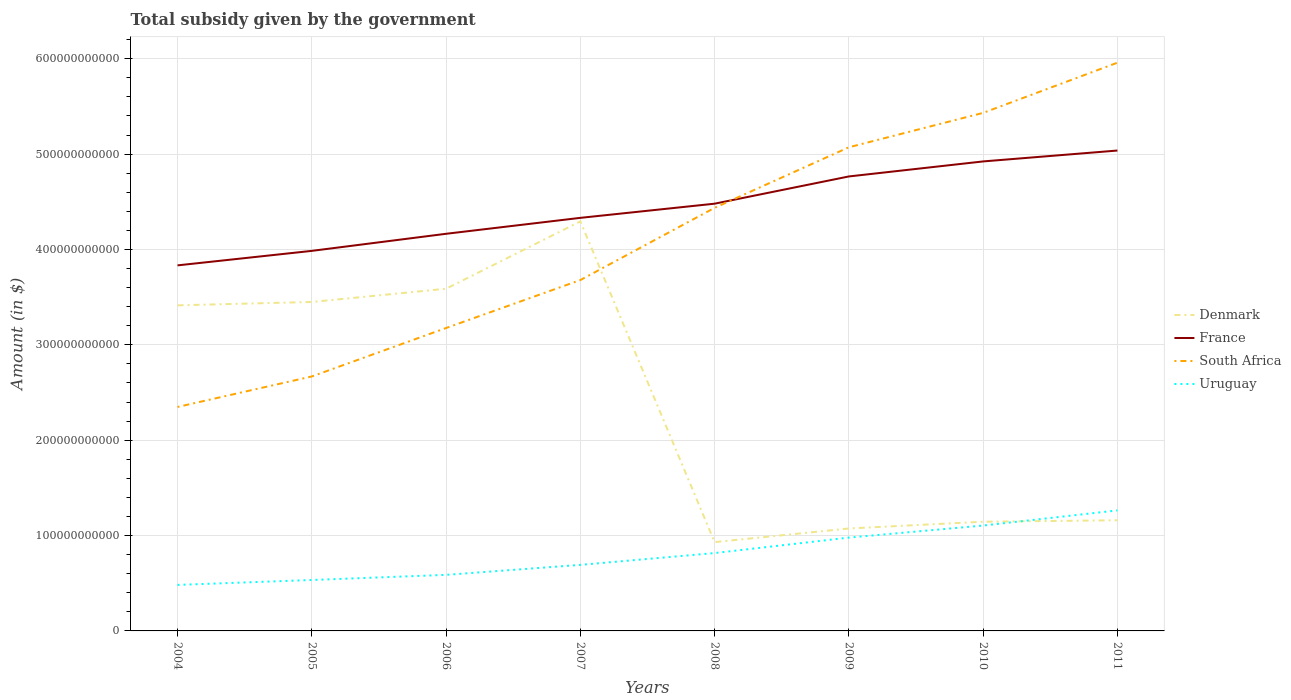
| Years | Denmark | France | South Africa | Uruguay |
 | --- | --- | --- | --- | --- |
 | 2004 | 3.41e+11 | 3.83e+11 | 2.35e+11 | 4.82e+10 |
 | 2005 | 3.45e+11 | 3.99e+11 | 2.67e+11 | 5.34e+10 |
 | 2006 | 3.59e+11 | 4.16e+11 | 3.18e+11 | 5.88e+10 |
 | 2007 | 4.29e+11 | 4.33e+11 | 3.68e+11 | 6.93e+10 |
 | 2008 | 9.31e+10 | 4.48e+11 | 4.44e+11 | 8.17e+10 |
 | 2009 | 1.07e+11 | 4.77e+11 | 5.07e+11 | 9.79e+10 |
 | 2010 | 1.15e+11 | 4.92e+11 | 5.43e+11 | 1.11e+11 |
 | 2011 | 1.16e+11 | 5.04e+11 | 5.96e+11 | 1.26e+11 |